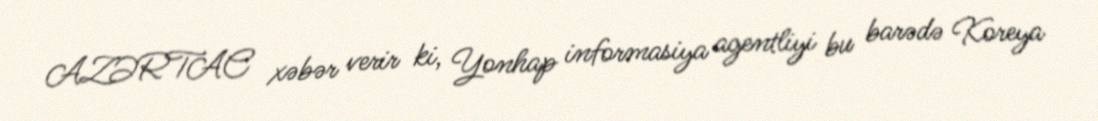
AZƏRTAC xəbər verir ki, Yonhap informasiya agentliyi bu barədə Koreya